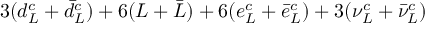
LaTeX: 3 ( d _ { L } ^ { c } + \bar { d } _ { L } ^ { c } ) + 6 ( L + \bar { L } ) + 6 ( e _ { L } ^ { c } + \bar { e } _ { L } ^ { c } ) + 3 ( \nu _ { L } ^ { c } + \bar { \nu } _ { L } ^ { c } )